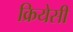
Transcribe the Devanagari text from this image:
क्रियेसी